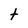
Character: t